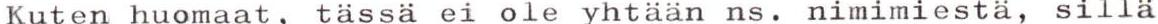
Kuten huomaat, tässä ei ole yhtään ns. nimimiestä, sillä